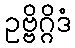
ဥဗ္ဗိဂ္ဂိဒံ